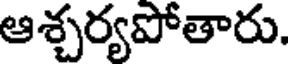
ఆశ్చర్యపోతారు.